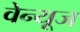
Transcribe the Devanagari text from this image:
वेन्यूज